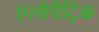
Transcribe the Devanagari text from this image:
एलोपैट्रिक